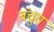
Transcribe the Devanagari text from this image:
बंचुरा